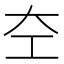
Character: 𪩣